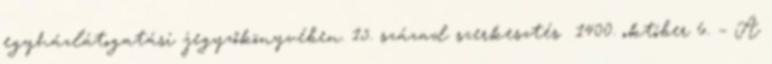
egyházlátogatási jegyzőkönyvében. 15. század szerkesztés 1400. október 6. – A